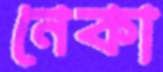
নেকা